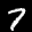
Label: 7